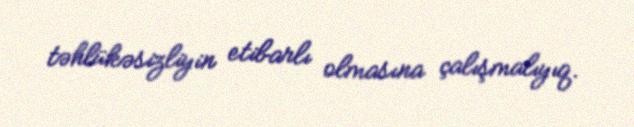
təhlükəsizliyin etibarlı olmasına çalışmalıyıq.